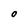
Character: O